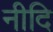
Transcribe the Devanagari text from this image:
नीदि